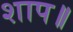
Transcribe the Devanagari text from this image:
शाप॥